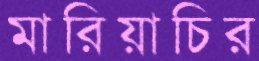
মারিয়াচির